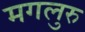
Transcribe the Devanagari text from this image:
मगलुरु